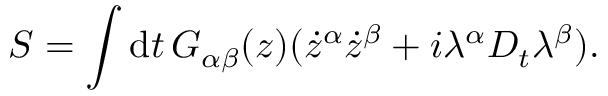
S = \int \mathrm { d } t \, G _ { \alpha \beta } ( z ) ( \dot { z } ^ { \alpha } \dot { z } ^ { \beta } + i \lambda ^ { \alpha } D _ { t } \lambda ^ { \beta } ) .